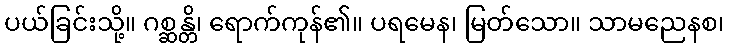
ပယ်ခြင်းသို့။ ဂစ္ဆန္တိ၊ ရောက်ကုန်၏။ ပရမေန၊ မြတ်သော။ သာမညေနစ၊